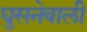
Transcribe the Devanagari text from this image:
घुसनेवाली